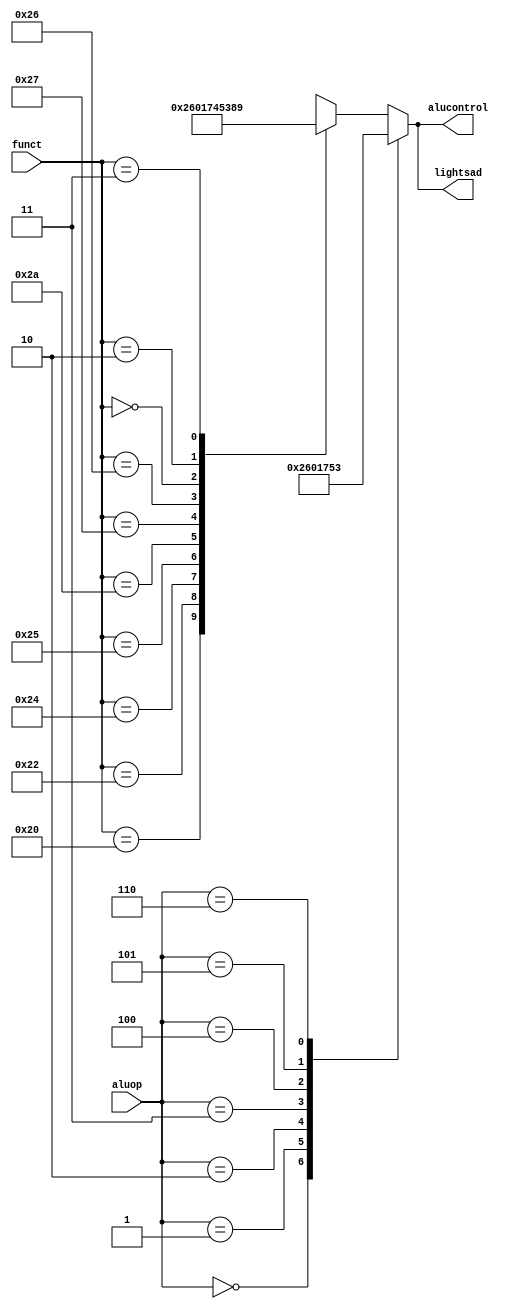
`timescale 1ns / 1ps
//////////////////////////////////////////////////////////////////////////////////
// Company: 
// Engineer: 
// 
// Design Name: 
// Module Name: aludec
// Project Name: 
// Target Devices: 
// Tool Versions: 
// Description: 
// 
// Dependencies: 
// 
// Revision:
// Revision 0.01 - File Created
// Additional Comments:
// 
//////////////////////////////////////////////////////////////////////////////////


module aludec(
    input [5:0] funct,
    input [2:0] aluop,//from [1:0]->[2:0]
    output reg [3:0] alucontrol,//from [2:0]->[3:0]
    output [3:0] lightsad
    );
    
    always@(*)
    case(aluop)//aluop [1:0] -> [2:0]
    3'b000:alucontrol<=4'b0010;//add (for lw/sw/addi/j)
    3'b001:alucontrol<=4'b0110;//sub (for beq/bne)
    //add aluop
    3'b010:alucontrol<=4'b0000;//and (for andi)
    3'b011:alucontrol<=4'b0001;//or (for ori)
    3'b100:alucontrol<=4'b0111;//slt (for slti)
    3'b101:alucontrol<=4'b0101;//xor (for xori)
    3'b110:alucontrol<=4'b0011;//LUI (use sll's alucontrol)
    default://R-type
        case(funct)
        6'b100000:alucontrol<=4'b0010;//ADD
        6'b100010:alucontrol<=4'b0110;//SUB
        6'b100100:alucontrol<=4'b0000;//AND
        6'b100101:alucontrol<=4'b0001;//OR
        6'b101010:alucontrol<=4'b0111;//SLT
        6'b100111:alucontrol<=4'b0100;//NOR
        6'b100110:alucontrol<=4'b0101;//XOR
        6'b000000:alucontrol<=4'b0011;//SLL
        6'b000010:alucontrol<=4'b1000;//SRL
        6'b000011:alucontrol<=4'b1001;//SRA
        default:alucontrol<=4'bxxxx;//???
        endcase
    endcase
    
    assign lightsad=alucontrol;
            
endmodule